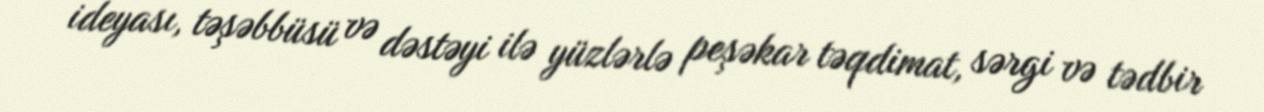
ideyası, təşəbbüsü və dəstəyi ilə yüzlərlə peşəkar təqdimat, sərgi və tədbir